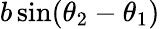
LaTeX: b\sin(\theta_{2}-\theta_{1})